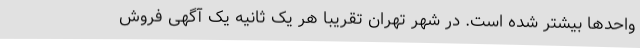
واحدها بیشتر شده است. در شهر تهران تقریبا هر یک ثانیه یک آگهی فروش